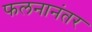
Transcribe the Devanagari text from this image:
फलनानंतर